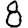
Digit: 8